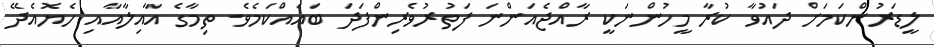
ލީޑަރުންކަމަށް ދައުވާ ކުރާ މީހުންނަކީ ރާއްޖެއަންނަ ފަތުރުވެރިންފަދަ ބައެއްކަމެވެ. ތިމާގެ އާއިލާއާއި ހެޔޮއެދޭ